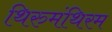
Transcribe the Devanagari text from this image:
थिरुमंथिरम